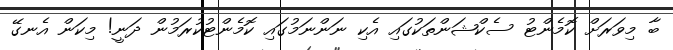
ބާ މިވަރަށް ކޮމެންޓު ސެކްޝަންތަކުގައި އެކި ނަންނަމުގައި ކޮމެންޓުކުރަމުން ދަނީ! މިކަން އެނގޭ